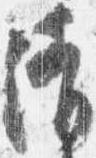
清